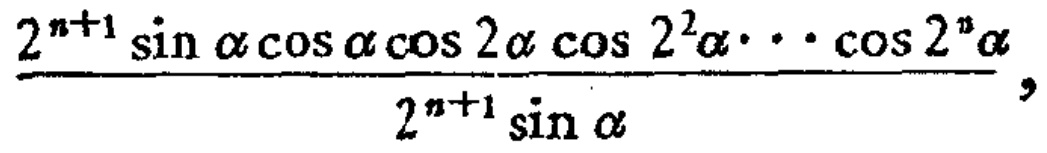
\frac{2^{n + 1}\sin\alpha\cos\alpha\cos2\alpha\cos2^{2}\alpha\cdots\cos2^{n}\alpha}{2^{n + 1}\sin\alpha}